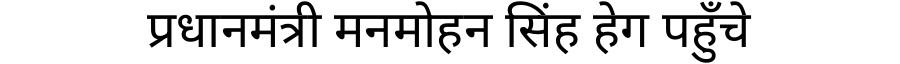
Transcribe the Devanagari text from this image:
प्रधानमंत्री मनमोहन सिंह हेग पहुँचे